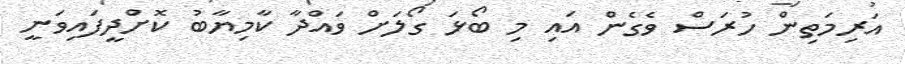
އަރިމަތިން ހުރަސް ވެގެން އައި މި ބޯޅަ ގޯލަށް ވައްދާ ކާމިޔާބު ކޮށްދީފައިވަނީ